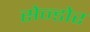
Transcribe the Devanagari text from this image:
सेन्डोर